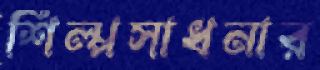
শিল্পসাধনার